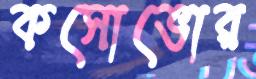
কসোভোর